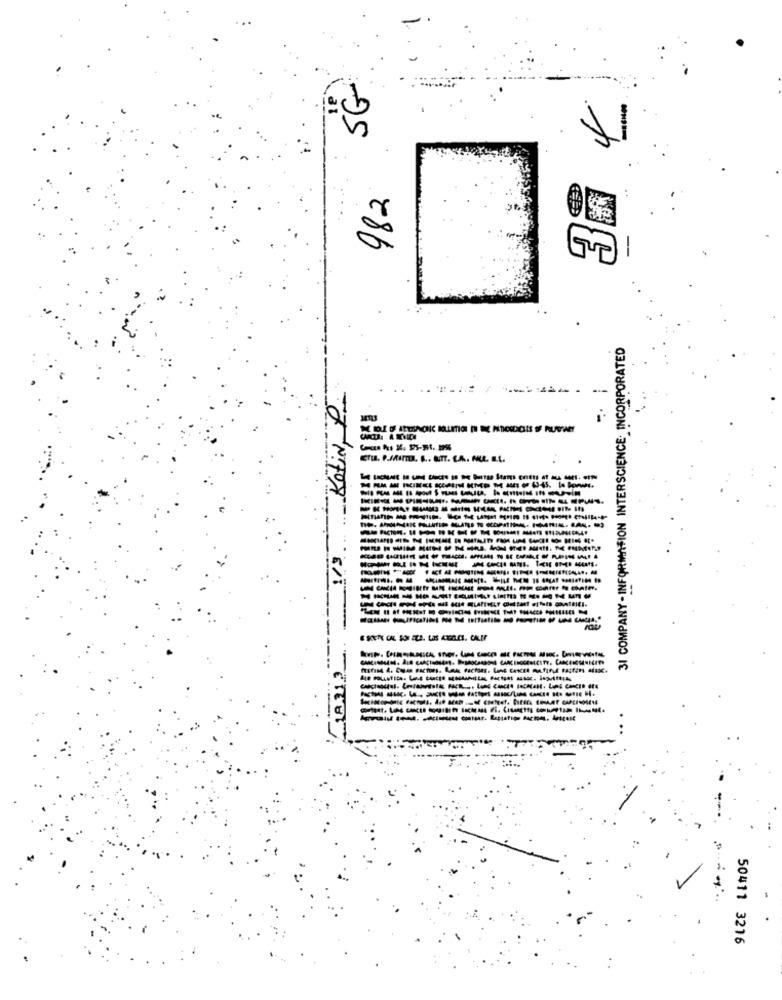
SG
4
982
NY- INFORMATION INTERSCIENCE. INCORPORATED
KotiN, P
ETu. P.MAMA. B .. ATT. LA. ALL. I.L.
-------- ------
....
----------------- 4
31 COMPANY - INFO
50411 3216